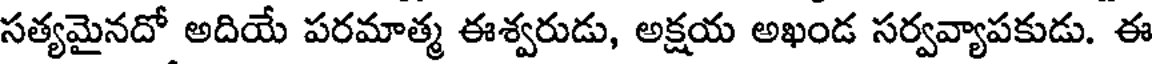
సత్యమైనదో అదియే పరమాత్మ ఈశ్వరుడు, అక్షయ అఖండ సర్వవ్యాపకుడు. ఈ